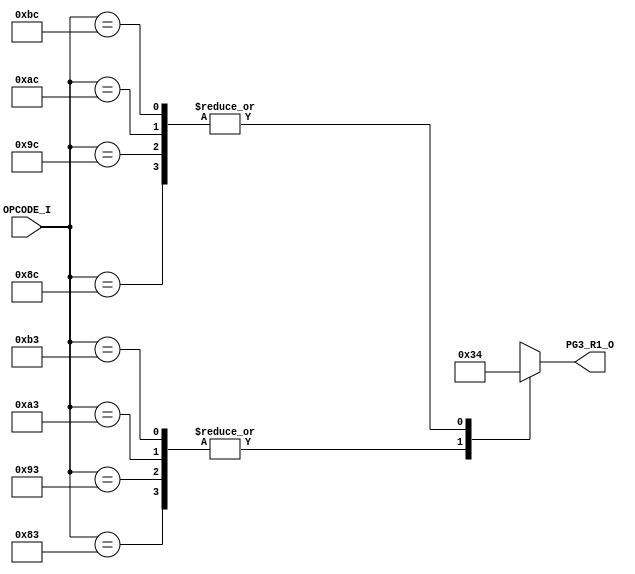
// [TURBO9_DECODE_HEADER_START]
//////////////////////////////////////////////////////////////////////////////
//                          Turbo9 Microprocessor IP
//////////////////////////////////////////////////////////////////////////////
// Website: www.turbo9.org
// Contact: team[at]turbo9[dot]org
//////////////////////////////////////////////////////////////////////////////
// [TURBO9_DECODE_LICENSE_START]
// BSD-1-Clause
//
// Copyright (c) 2020-2023
// Kevin Phillipson
// Michael Rywalt
// All rights reserved.
//
// Redistribution and use in source and binary forms, with or without
// modification, are permitted provided that the following conditions are met:
//
// 1. Redistributions of source code must retain the above copyright notice,
//    this list of conditions and the following disclaimer.
//
// THIS SOFTWARE IS PROVIDED BY THE COPYRIGHT HOLDERS AND CONTRIBUTORS "AS IS"
// AND ANY EXPRESS OR IMPLIED WARRANTIES, INCLUDING, BUT NOT LIMITED TO, THE
// IMPLIED WARRANTIES OF MERCHANTABILITY AND FITNESS FOR A PARTICULAR PURPOSE
// ARE DISCLAIMED. IN NO EVENT SHALL THE COPYRIGHT HOLDERS AND CONTRIBUTORS BE
// LIABLE FOR ANY DIRECT, INDIRECT, INCIDENTAL, SPECIAL, EXEMPLARY, OR
// CONSEQUENTIAL DAMAGES (INCLUDING, BUT NOT LIMITED TO, PROCUREMENT OF
// SUBSTITUTE GOODS OR SERVICES; LOSS OF USE, DATA, OR PROFITS; OR BUSINESS
// INTERRUPTION) HOWEVER CAUSED AND ON ANY THEORY OF LIABILITY, WHETHER IN
// CONTRACT, STRICT LIABILITY, OR TORT (INCLUDING NEGLIGENCE OR OTHERWISE)
// ARISING IN ANY WAY OUT OF THE USE OF THIS SOFTWARE, EVEN IF ADVISED OF THE
// POSSIBILITY OF SUCH DAMAGE.
// [TURBO9_DECODE_LICENSE_END]
//////////////////////////////////////////////////////////////////////////////
// Description:
// Assembled from turbo9_urtl.asm file
// built using cv_R1_SEL ctrl_vec
//
//////////////////////////////////////////////////////////////////////////////
// History:
// 07.14.2023 - Kevin Phillipson
//   File header added
//
//////////////////////////////////////////////////////////////////////////////
// [TURBO9_DECODE_HEADER_END]

/////////////////////////////////////////////////////////////////////////////
//                                MODULE
/////////////////////////////////////////////////////////////////////////////
module turbo9_urtl_decode_pg3_R1(
  input      [7:0] OPCODE_I,
  output reg [3:0] PG3_R1_O
);

/////////////////////////////////////////////////////////////////////////////
//                                LOGIC
/////////////////////////////////////////////////////////////////////////////

always @* begin
  case (OPCODE_I)
    8'h83 : PG3_R1_O = 4'h3; // U           CMPU (imm)
    8'h8C : PG3_R1_O = 4'h4; // S           CMPS (imm)
    8'h93 : PG3_R1_O = 4'h3; // U           CMPU (dir idx ext)
    8'h9C : PG3_R1_O = 4'h4; // S           CMPS (dir idx ext)
    8'hA3 : PG3_R1_O = 4'h3; // U           CMPU (dir idx ext)
    8'hAC : PG3_R1_O = 4'h4; // S           CMPS (dir idx ext)
    8'hB3 : PG3_R1_O = 4'h3; // U           CMPU (dir idx ext)
    8'hBC : PG3_R1_O = 4'h4; // S           CMPS (dir idx ext)
    default : PG3_R1_O = 4'hx; // from decode_init
  endcase
end

`ifdef SIM_TURBO9

reg [(8*64):0] PG3_R1_op;

always @* begin
  case (OPCODE_I)
    8'h83 : PG3_R1_op = "CMPU (imm)";
    8'h8C : PG3_R1_op = "CMPS (imm)";
    8'h93 : PG3_R1_op = "CMPU (dir idx ext)";
    8'h9C : PG3_R1_op = "CMPS (dir idx ext)";
    8'hA3 : PG3_R1_op = "CMPU (dir idx ext)";
    8'hAC : PG3_R1_op = "CMPS (dir idx ext)";
    8'hB3 : PG3_R1_op = "CMPU (dir idx ext)";
    8'hBC : PG3_R1_op = "CMPS (dir idx ext)";
    default : PG3_R1_op = "invalid";
  endcase
end

reg [(8*64):0] PG3_R1_eq;

always @* begin
  case (OPCODE_I)
    8'h83 : PG3_R1_eq = "U";
    8'h8C : PG3_R1_eq = "S";
    8'h93 : PG3_R1_eq = "U";
    8'h9C : PG3_R1_eq = "S";
    8'hA3 : PG3_R1_eq = "U";
    8'hAC : PG3_R1_eq = "S";
    8'hB3 : PG3_R1_eq = "U";
    8'hBC : PG3_R1_eq = "S";
    default : PG3_R1_eq = "invalid";
  endcase
end

`endif

/////////////////////////////////////////////////////////////////////////////

endmodule